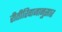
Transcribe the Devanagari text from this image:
रीतीरिवाजानुसार